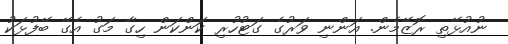
ނުއުޅޭތި ރޮޒޭމެން. އަންނި ވަރުގެ ގަޓުހުރި ކަންކަން ހިގާ މަގު އެގޭ ބޭފުޅަކު